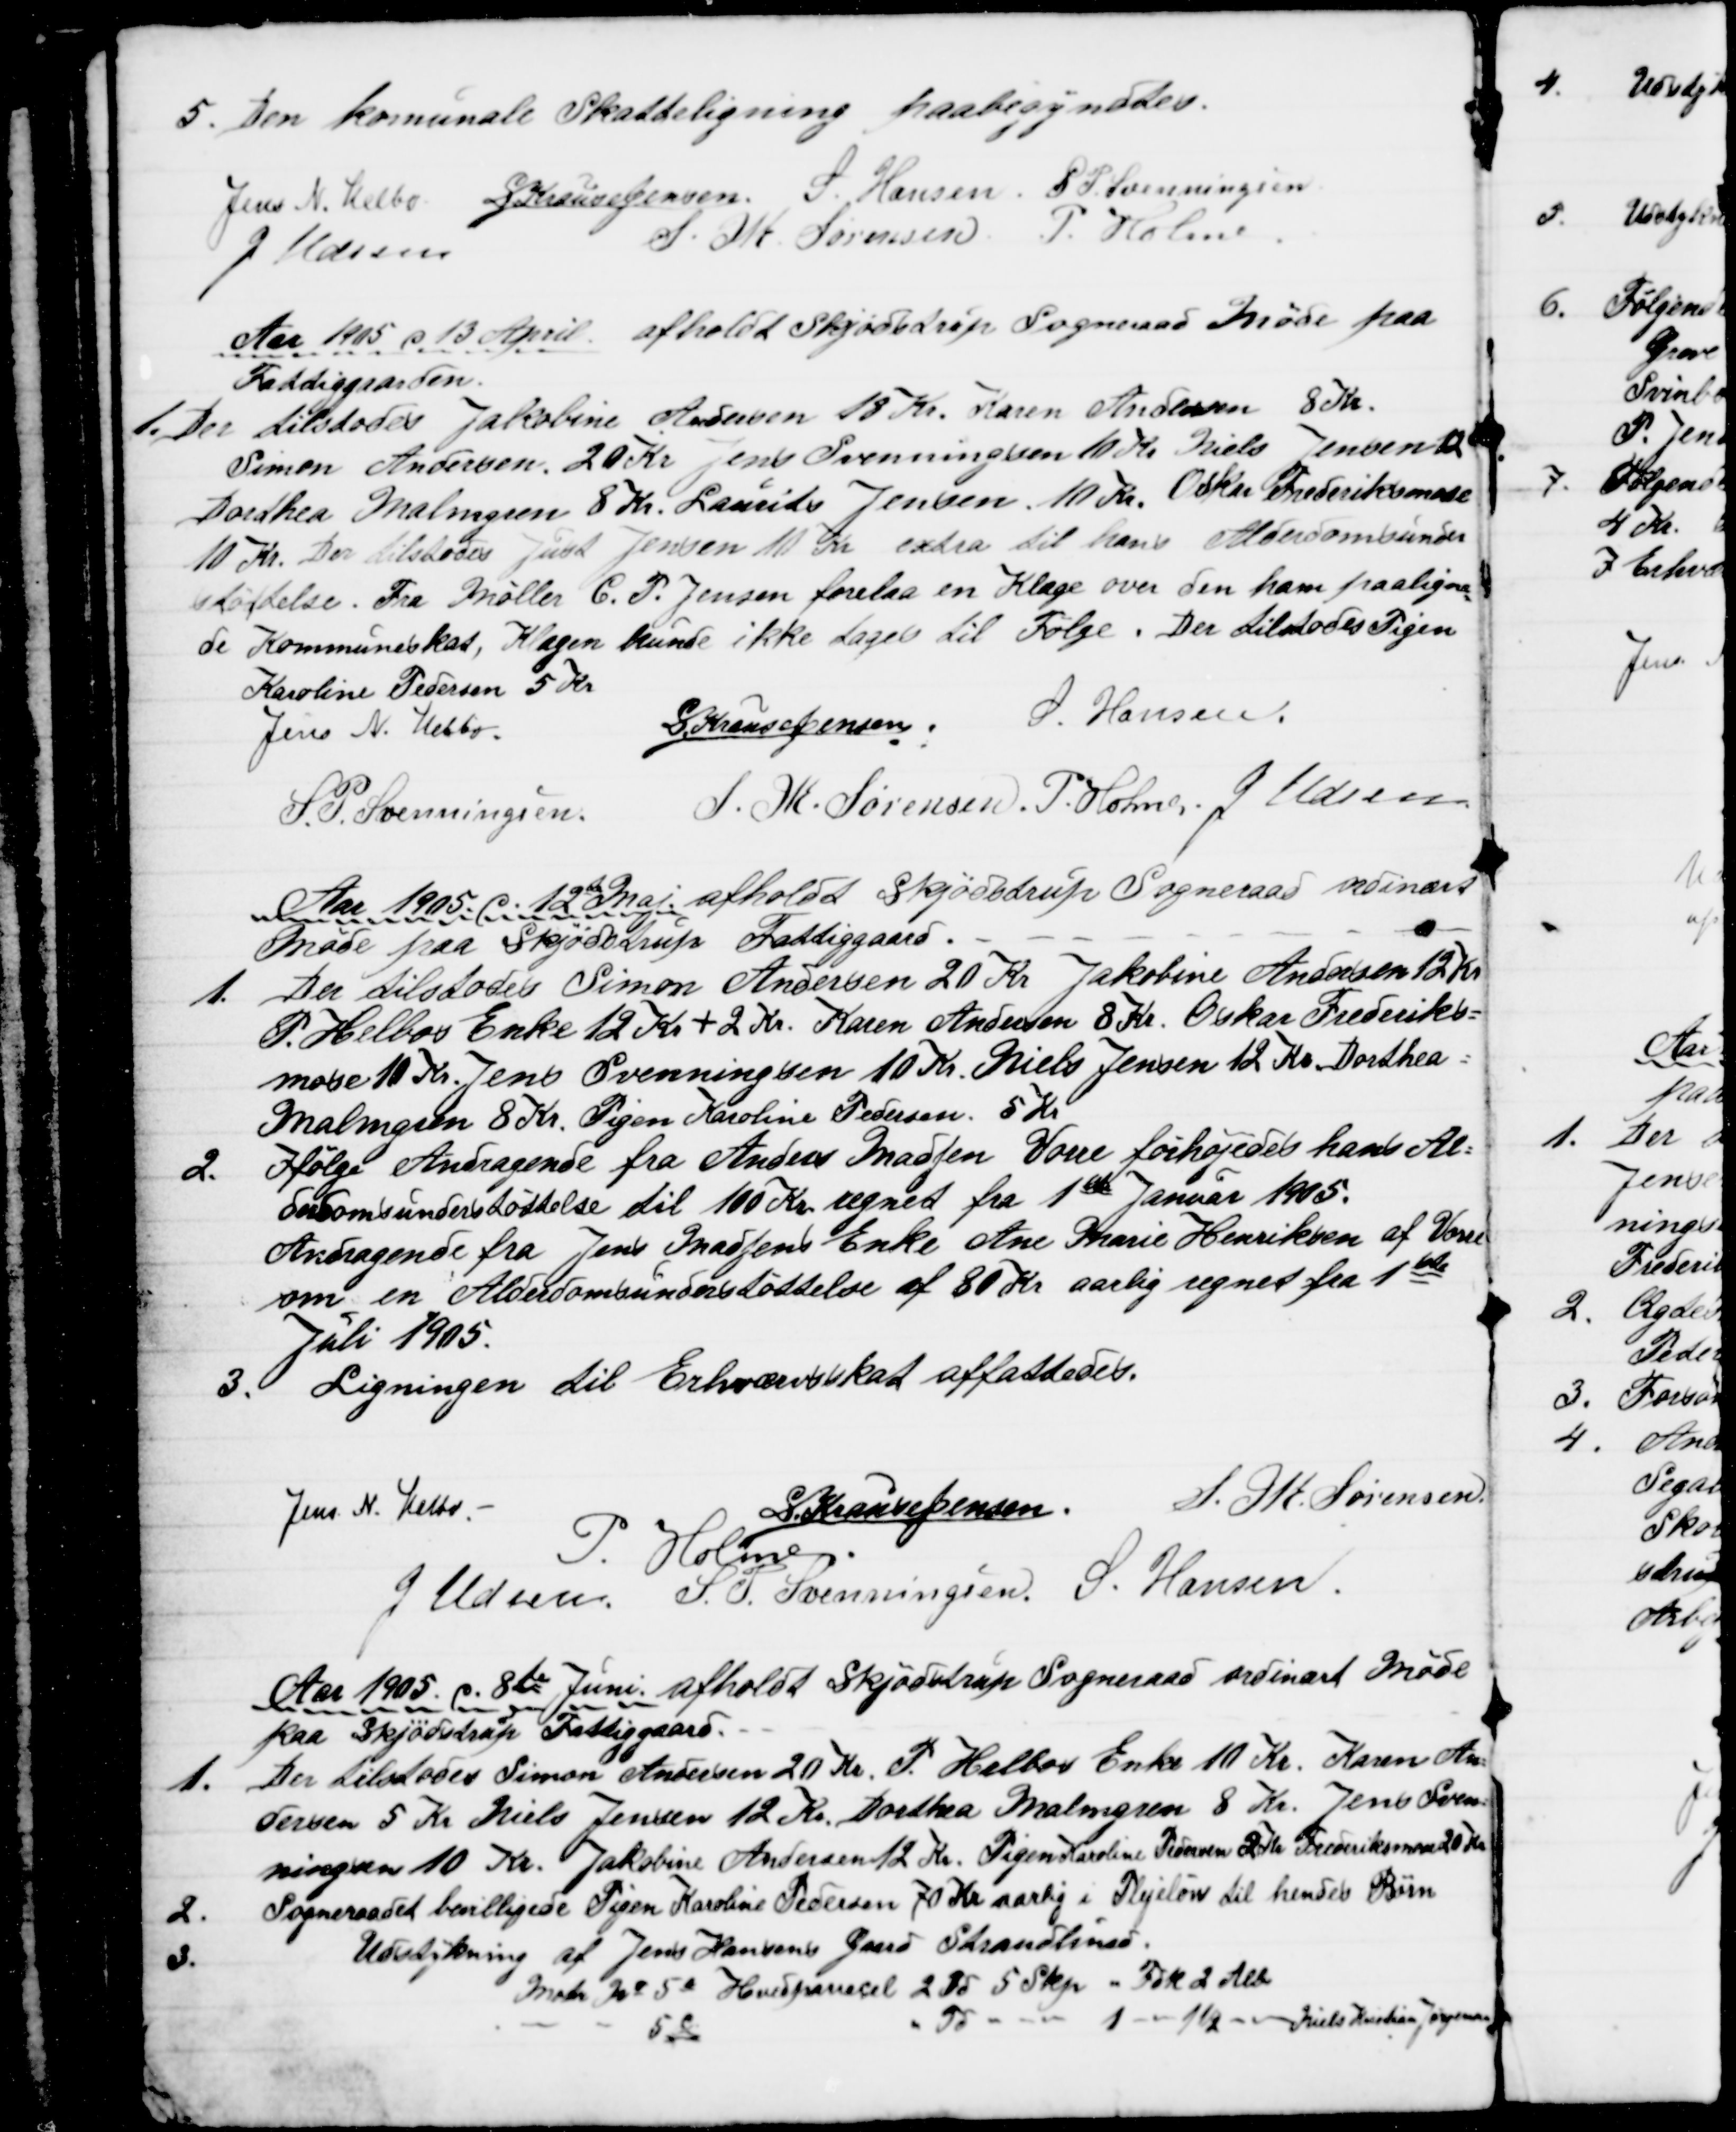
Transskription:
5. Den komunale Skatteligning paabegyndtes.
Jens N. Helbo S. Krause Jensen S. Hansen S. P. Svenningsen
J Udsen
S. M. Sørensen P. Holme
Aar 1905 d. 13 April afholdt Skjødstrup Sogneraad Møde paa
Fattiggaarden.
1. Der tilstodes Jakobine Andersen 18 Kr. Karen Andersen 8 Kr.
Simon Andersen 20 Kr Jens Svenningen 10 Kr. Niels Jensen 12
Dorthea Malmgren 8 Kr. Laurits Jensen 10 Kr. Oskar Frederiksmose
10 Kr. Der tilstodes Just Jensen 10 Kr extra til hans Alderdomsunder
støttelse. Fra Møller C. P. Jensen forelaa en Klage over den ham paaligne
=
de Kommuneskat, Klagen kunde ikke tages til Følge. Der tilstodes Pigen 
Karoline Pedersen 5 Kr
Jens N. Helbo.
S. Krause Jensen.
S. Hansen.
S. P. Svenningsen.
S. M. Sørensen. P. Holme. J. Udsen
Aar 1905. d. 12te Maj afholdt Skjødstrup Sogneraad ordinært
Møde paa Skjødstrup Fattiggaard.
1.
Der tilstodes Simon Andersen 20 Kr. Jakobine Andersen 12 Kr
P. Helbos Enke 12 Kr + 2 Kr. Karen Andersen 8 Kr. Oskar Frederiks-
mose 10 Kr. Jens Svenningsen 10 Kr. Niels Jensen 12 Kr. Dorthea =
Malmgren 8 Kr. Pigen Karoline Pedersen 5 Kr.
2.
Ifølge Andragende fra Anders Madsen Vorre forhøjedes hans Al=
derdomsunderstøttelse til 100 Kr. regnet fra 1ste Januar 1905.
Andragende fra Jens Madsens Enke Ane Marie Henriksen af Vorre
om en Alderdomsunderstøttelse af 80 Kr aarlig regnet fra 1ste
Juli 1905.
3. Ligningen til Erhvervsskat affattedes.
Jens N. Helbo.
S Krause Jensen.
S. M. Sørensen.
P. Holme
J Udsen. S. P. Svenningsen. S. Hansen.
Aar 1905 d. 8de Juni. afholdt Skjødstrup Sogneraad ordinært Møde
paa Skjødstrup Fattiggaard.
1.
Der tilstodes Simon Andersen 20 Kr. P. Helbos Enke 10 Kr. Karen An=
dersen 5 Kr Niels Jensen 12 Kr. Dorthea Malmgren 8 Kr. Jens Sven=
ningsen 10 Kr. Jakobine Andersen 12 Kr. Pigen Karoline Pedersen 2 Kr Frederiksmose 20 Kr.
2.
Sogneraadet bevilligede Pigen Karoline Pedersen 70 Kr aarlig i Plejeløn til hendes Børn
3.
Udstykning af Jens Hansens Gaard Strandlund.
Matr. № 5a Hovedparcel  2Td 5 Skjp " Frk 2 Alb
5c
" Td
1
1½
Niels Kristian Jørgensen